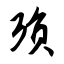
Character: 殒